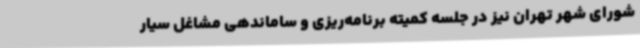
شورای شهر تهران نیز در جلسه کمیته برنامه‌ریزی و ساماندهی مشاغل سیار